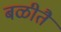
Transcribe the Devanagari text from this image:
बळीतै